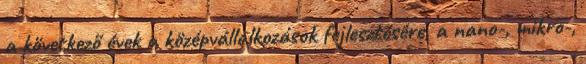
a következő évek a középvállalkozások fejlesztésére, a nano-, mikro-,